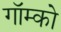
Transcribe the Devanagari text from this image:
गॉम्को